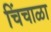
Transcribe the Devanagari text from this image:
चिंचाळा